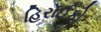
હિરોઈકો